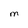
Character: M